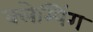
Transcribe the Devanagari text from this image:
क्लेम्पिंग